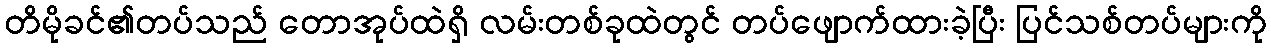
တိမိုခင်၏တပ်သည် တောအုပ်ထဲရှိ လမ်းတစ်ခုထဲတွင် တပ်ဖျောက်ထားခဲ့ပြီး ပြင်သစ်တပ်များကို